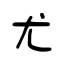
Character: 尤